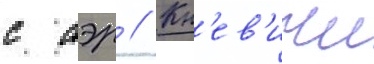
с аэр // Кн'ев'ичи